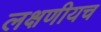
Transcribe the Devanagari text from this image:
लक्षणीयच